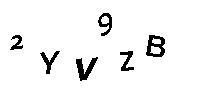
2YV9ZB